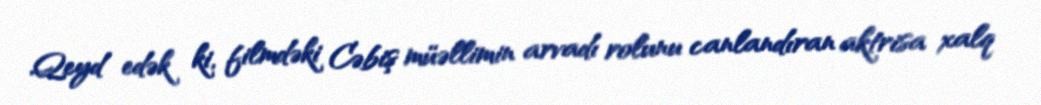
Qeyd edək ki, filmdəki Cəbiş müəllimin arvadı rolunu canlandıran aktrisa xalq